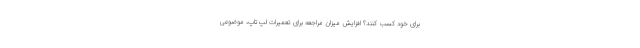
برای خود کسب کنند؟ افزایش میزان مراجعه برای تعمیرات لپ‌تاپ، موضوعی